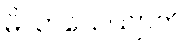
မိလာယေယျာတိ